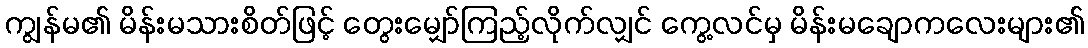
ကျွန်မ၏ မိန်းမသားစိတ်ဖြင့် တွေးမျှော်ကြည့်လိုက်လျှင် ကွေ့လင်မှ မိန်းမချောကလေးများ၏